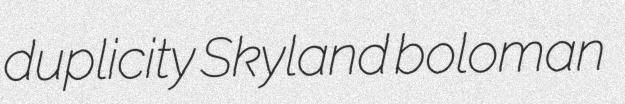
duplicity Skyland boloman